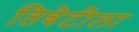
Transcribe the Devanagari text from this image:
तिबेटीला